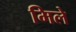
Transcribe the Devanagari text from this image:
मिले